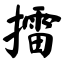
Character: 擂